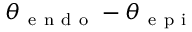
\theta _ { \mathrm { ~ e ~ n ~ d ~ o ~ } } - \theta _ { \mathrm { ~ e ~ p ~ i ~ } }